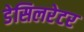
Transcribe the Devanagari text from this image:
डेसिलरेटर